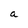
Character: a